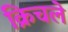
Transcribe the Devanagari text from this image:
क्रिचले